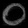
Digit: ၀